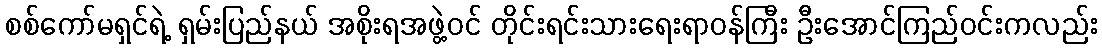
စစ်ကော်မရှင်ရဲ့ ရှမ်းပြည်နယ် အစိုးရအဖွဲ့ဝင် တိုင်းရင်းသားရေးရာဝန်ကြီး ဦးအောင်ကြည်ဝင်းကလည်း